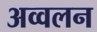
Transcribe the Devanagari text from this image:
अव्वलन